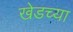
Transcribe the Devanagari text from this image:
खेडच्या